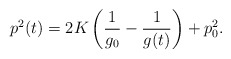
\begin{align*}p^2(t)=2K\left(\dfrac{1}{g_0}-\dfrac{1}{g(t)}\right)+p_0^2.\end{align*}